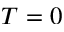
T = 0